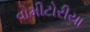
વોમીટોરીયા